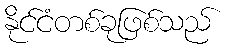
နိုင်ငံတစ်ခုဖြစ်သည်